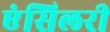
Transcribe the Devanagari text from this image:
एंसिलरी